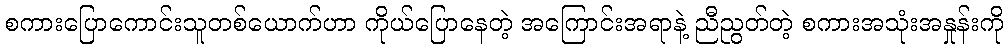
စကားပြောကောင်းသူတစ်ယောက်ဟာ ကိုယ်ပြောနေတဲ့ အကြောင်းအရာနဲ့ ညီညွတ်တဲ့ စကားအသုံးအနှုန်းကို